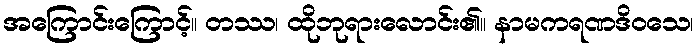
အကြောင်းကြောင့်။ တဿ၊ ထိုဘုရားလောင်း၏။ နာမကရဏဒိဝသေ၊